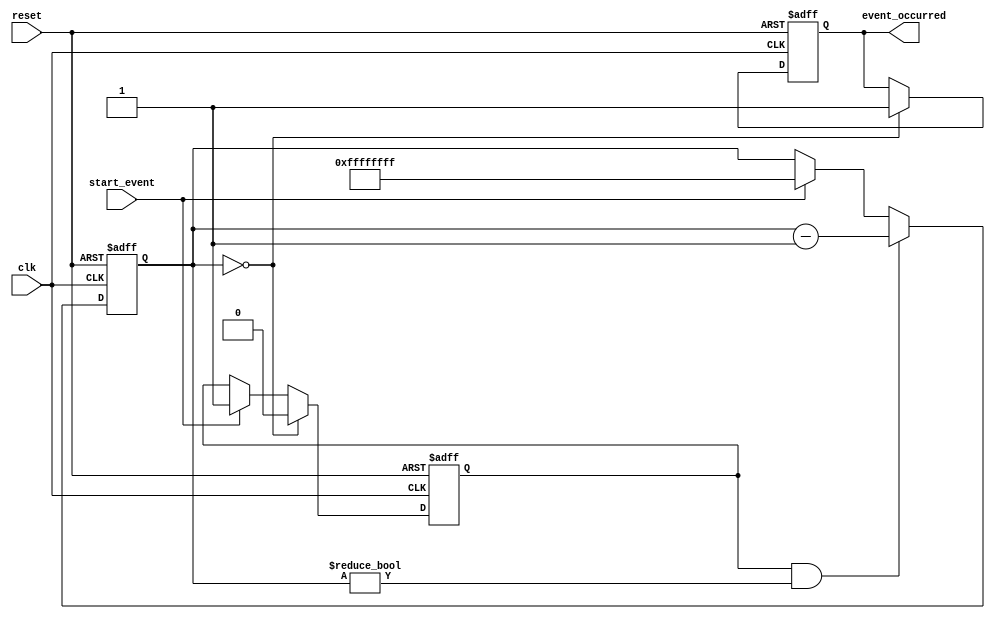
module timing_control_and_synchronization_block (
    input wire clk,              // System clock input
    input wire reset,            // Reset signal input
    input wire start_event,      // Trigger signal for event start
    output reg event_occurred    // Event occurrence signal output
);

reg [31:0] timer_count;         // Timer count for setting time intervals
reg event_in_progress;          // Signal to track event in progress

// Initialize values
always @(posedge clk or posedge reset) begin
    if (reset) begin
        timer_count <= 32'b0;
        event_in_progress <= 1'b0;
        event_occurred <= 1'b0;
    end
    else begin
        if (start_event) begin
            event_in_progress <= 1'b1;
            timer_count <= 32'hFFFF_FFFF; // Set timer to maximum value
        end
        if (event_in_progress && timer_count != 0) begin
            timer_count <= timer_count - 1;
        end
        if (timer_count == 0) begin
            event_in_progress <= 1'b0;
            event_occurred <= 1'b1;
        end
    end
end

endmodule